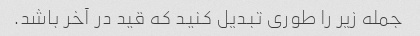
جمله زیر را طوری تبدیل کنید که قید در آخر باشد.